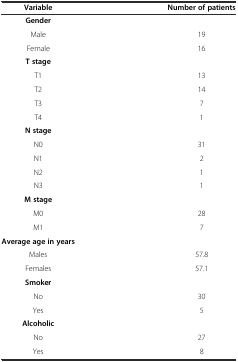
<table><thead><tr><td><b>Variable</b></td><td><b>Number of patients</b></td></tr></thead><tbody><tr><td><b>Gender</b></td><td></td></tr><tr><td>Male</td><td>19</td></tr><tr><td>Female</td><td>16</td></tr><tr><td><b>T stage</b></td><td></td></tr><tr><td>T1</td><td>13</td></tr><tr><td>T2</td><td>14</td></tr><tr><td>T3</td><td>7</td></tr><tr><td>T4</td><td>1</td></tr><tr><td><b>N stage</b></td><td></td></tr><tr><td>N0</td><td>31</td></tr><tr><td>N1</td><td>2</td></tr><tr><td>N2</td><td>1</td></tr><tr><td>N3</td><td>1</td></tr><tr><td><b>M stage</b></td><td></td></tr><tr><td>M0</td><td>28</td></tr><tr><td>M1</td><td>7</td></tr><tr><td><b>Average age in years</b></td><td></td></tr><tr><td>Males</td><td>57.8</td></tr><tr><td>Females</td><td>57.1</td></tr><tr><td><b>Smoker</b></td><td></td></tr><tr><td>No</td><td>30</td></tr><tr><td>Yes</td><td>5</td></tr><tr><td><b>Alcoholic</b></td><td></td></tr><tr><td>No</td><td>27</td></tr><tr><td>Yes</td><td>8</td></tr></tbody></table>